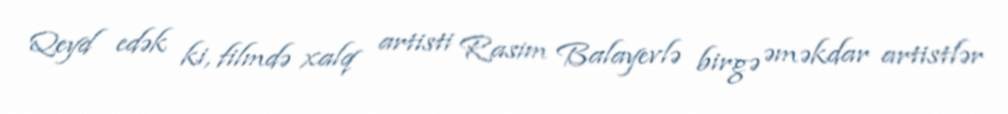
Qeyd edək ki, filmdə xalq artisti Rasim Balayevlə birgə əməkdar artistlər